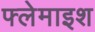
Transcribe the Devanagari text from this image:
फ्लेमाइश